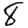
Digit: 8